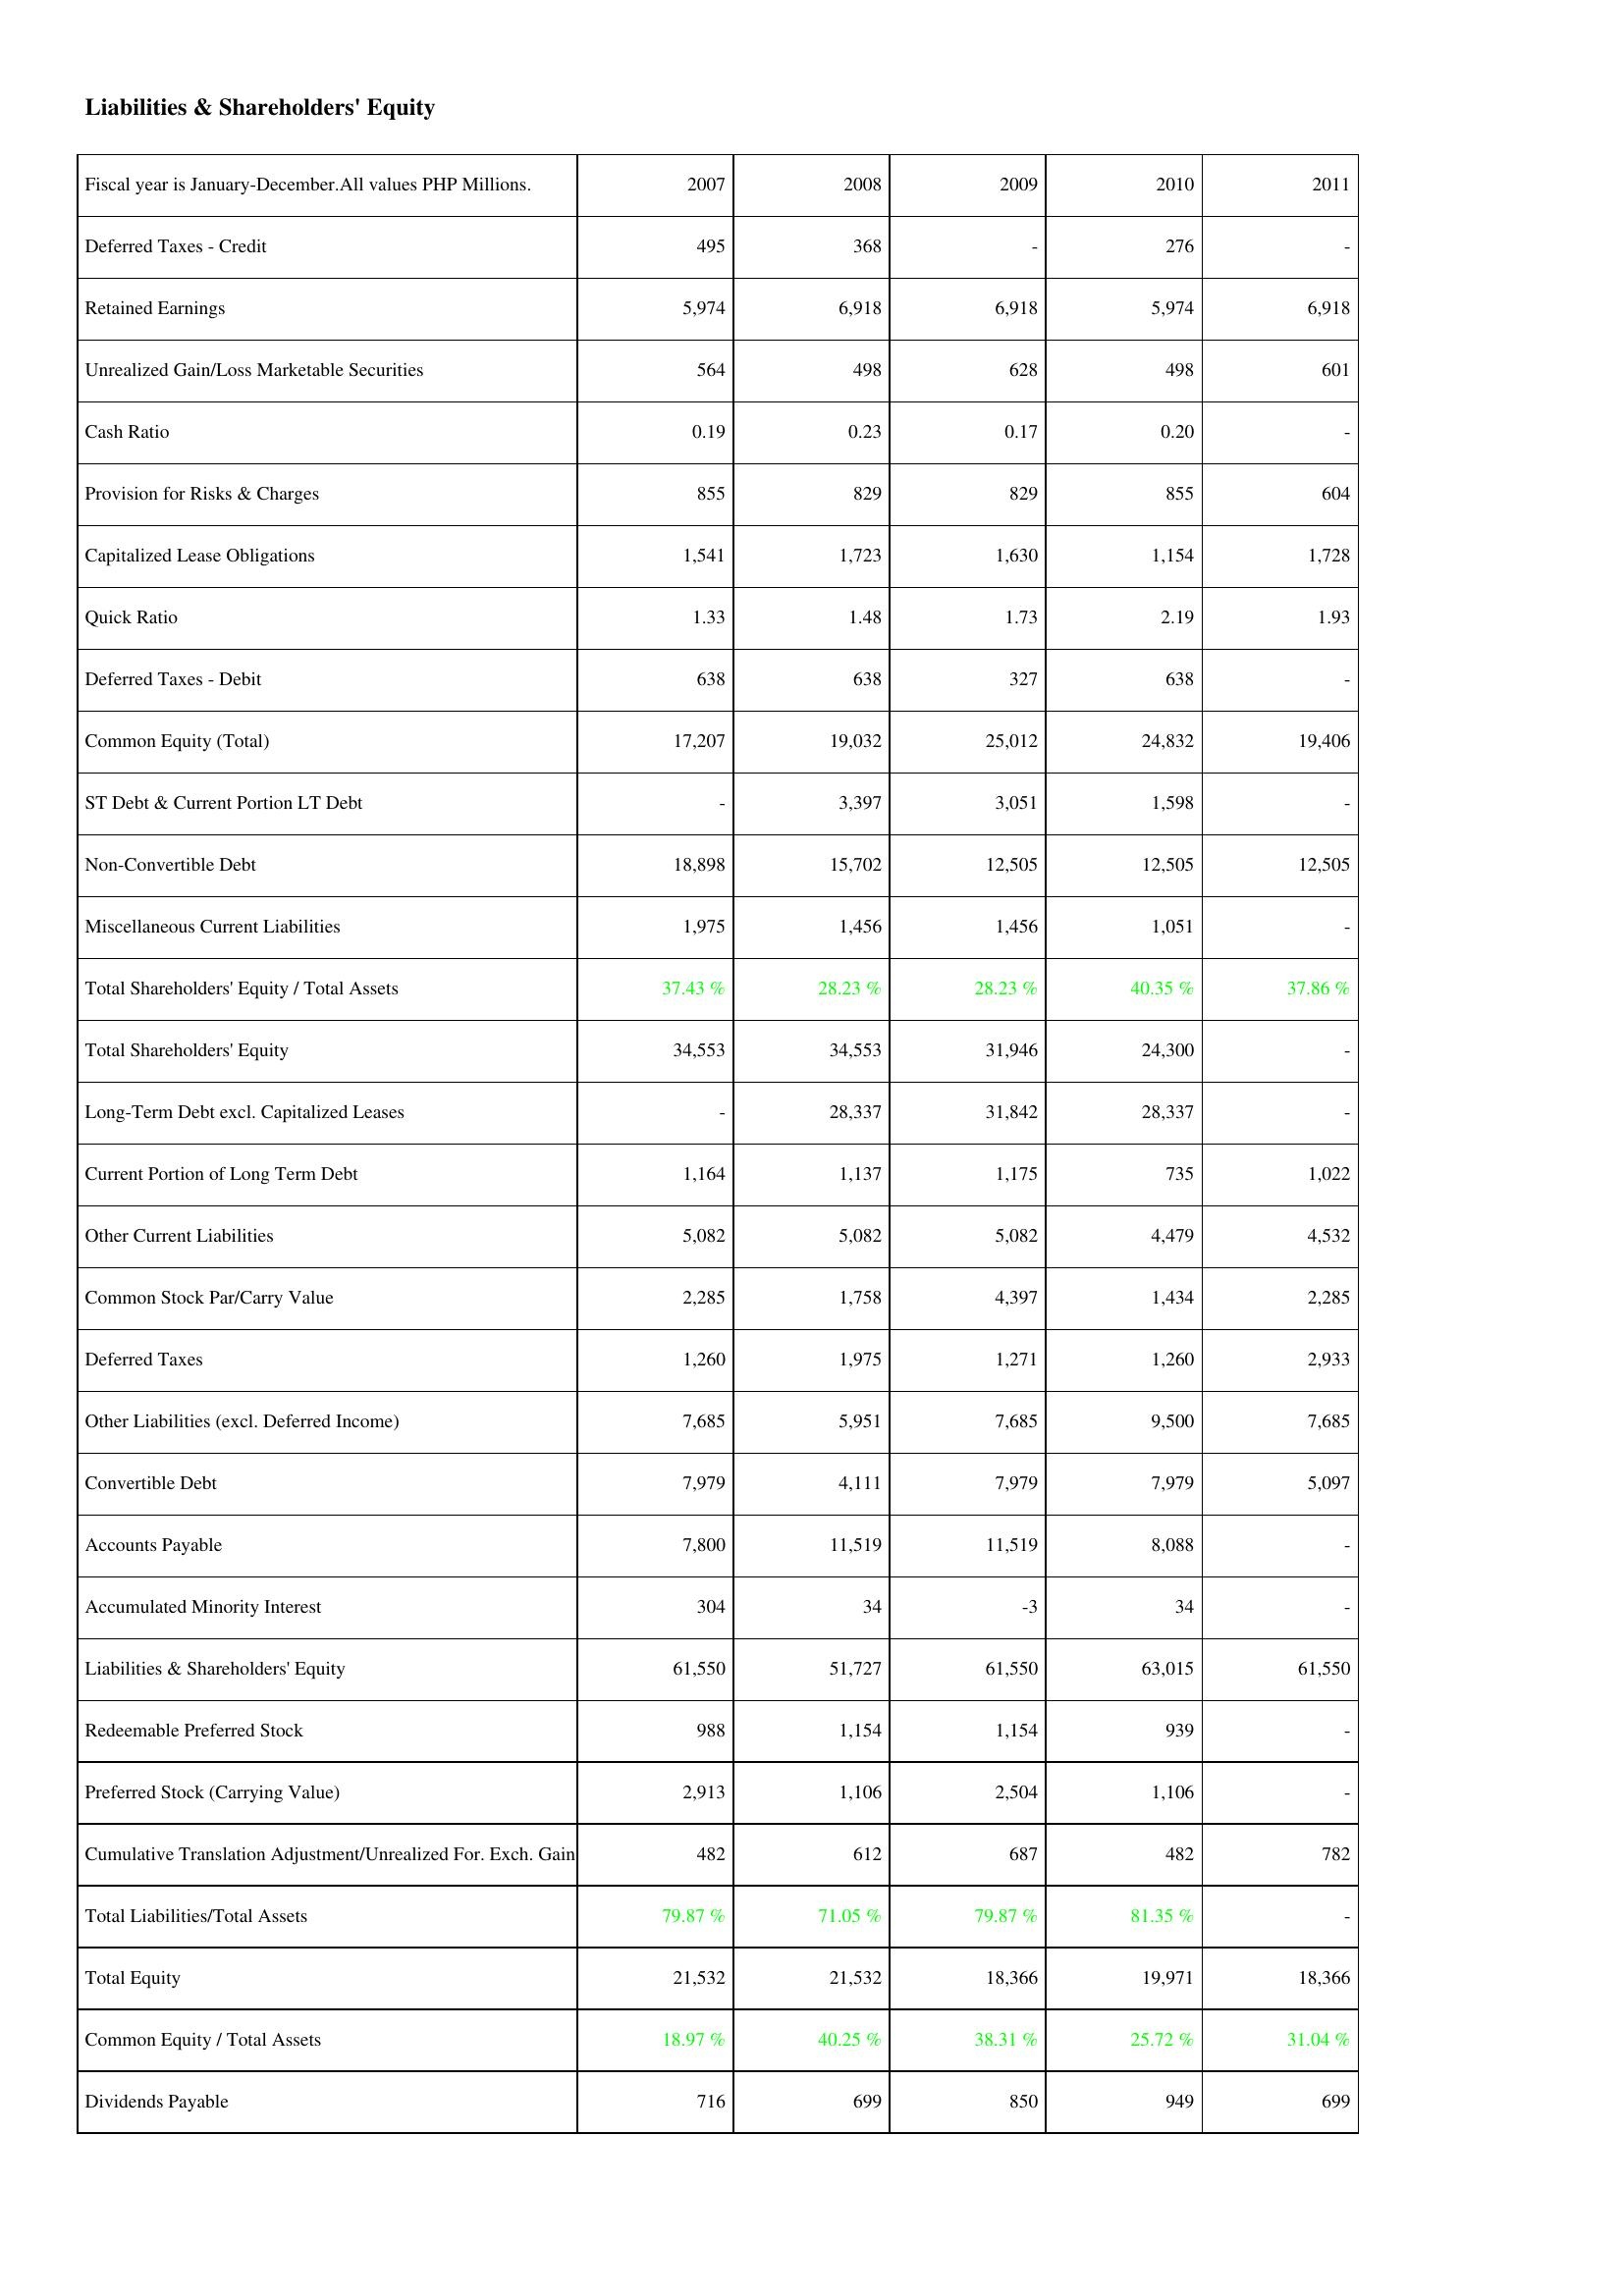
2007: Liabilities & Shareholders' Equity: Deferred Taxes - Credit: 495
Retained Earnings: 5,974
Unrealized Gain/Loss Marketable Securities: 564
Cash Ratio: 0.19
Provision for Risks & Charges: 855
Capitalized Lease Obligations: 1,541
Quick Ratio: 1.33
Deferred Taxes - Debit: 638
Common Equity (Total): 17,207
ST Debt & Current Portion LT Debt: -
Non-Convertible Debt: 18,898
Miscellaneous Current Liabilities: 1,975
Total Shareholders' Equity / Total Assets: 37.43 %
Total Shareholders' Equity: 34,553
Long-Term Debt excl. Capitalized Leases: -
Current Portion of Long Term Debt: 1,164
Other Current Liabilities: 5,082
Common Stock Par/Carry Value: 2,285
Deferred Taxes: 1,260
Other Liabilities (excl. Deferred Income): 7,685
Convertible Debt: 7,979
Accounts Payable: 7,800
Accumulated Minority Interest: 304
Liabilities & Shareholders' Equity: 61,550
Redeemable Preferred Stock: 988
Preferred Stock (Carrying Value): 2,913
Cumulative Translation Adjustment/Unrealized For. Exch. Gain: 482
Total Liabilities/Total Assets: 79.87 %
Total Equity: 21,532
Common Equity / Total Assets: 18.97 %
Dividends Payable: 716
2008: Liabilities & Shareholders' Equity: Deferred Taxes - Credit: 368
Retained Earnings: 6,918
Unrealized Gain/Loss Marketable Securities: 498
Cash Ratio: 0.23
Provision for Risks & Charges: 829
Capitalized Lease Obligations: 1,723
Quick Ratio: 1.48
Deferred Taxes - Debit: 638
Common Equity (Total): 19,032
ST Debt & Current Portion LT Debt: 3,397
Non-Convertible Debt: 15,702
Miscellaneous Current Liabilities: 1,456
Total Shareholders' Equity / Total Assets: 28.23 %
Total Shareholders' Equity: 34,553
Long-Term Debt excl. Capitalized Leases: 28,337
Current Portion of Long Term Debt: 1,137
Other Current Liabilities: 5,082
Common Stock Par/Carry Value: 1,758
Deferred Taxes: 1,975
Other Liabilities (excl. Deferred Income): 5,951
Convertible Debt: 4,111
Accounts Payable: 11,519
Accumulated Minority Interest: 34
Liabilities & Shareholders' Equity: 51,727
Redeemable Preferred Stock: 1,154
Preferred Stock (Carrying Value): 1,106
Cumulative Translation Adjustment/Unrealized For. Exch. Gain: 612
Total Liabilities/Total Assets: 71.05 %
Total Equity: 21,532
Common Equity / Total Assets: 40.25 %
Dividends Payable: 699
2009: Liabilities & Shareholders' Equity: Deferred Taxes - Credit: -
Retained Earnings: 6,918
Unrealized Gain/Loss Marketable Securities: 628
Cash Ratio: 0.17
Provision for Risks & Charges: 829
Capitalized Lease Obligations: 1,630
Quick Ratio: 1.73
Deferred Taxes - Debit: 327
Common Equity (Total): 25,012
ST Debt & Current Portion LT Debt: 3,051
Non-Convertible Debt: 12,505
Miscellaneous Current Liabilities: 1,456
Total Shareholders' Equity / Total Assets: 28.23 %
Total Shareholders' Equity: 31,946
Long-Term Debt excl. Capitalized Leases: 31,842
Current Portion of Long Term Debt: 1,175
Other Current Liabilities: 5,082
Common Stock Par/Carry Value: 4,397
Deferred Taxes: 1,271
Other Liabilities (excl. Deferred Income): 7,685
Convertible Debt: 7,979
Accounts Payable: 11,519
Accumulated Minority Interest: -3
Liabilities & Shareholders' Equity: 61,550
Redeemable Preferred Stock: 1,154
Preferred Stock (Carrying Value): 2,504
Cumulative Translation Adjustment/Unrealized For. Exch. Gain: 687
Total Liabilities/Total Assets: 79.87 %
Total Equity: 18,366
Common Equity / Total Assets: 38.31 %
Dividends Payable: 850
2010: Liabilities & Shareholders' Equity: Deferred Taxes - Credit: 276
Retained Earnings: 5,974
Unrealized Gain/Loss Marketable Securities: 498
Cash Ratio: 0.20
Provision for Risks & Charges: 855
Capitalized Lease Obligations: 1,154
Quick Ratio: 2.19
Deferred Taxes - Debit: 638
Common Equity (Total): 24,832
ST Debt & Current Portion LT Debt: 1,598
Non-Convertible Debt: 12,505
Miscellaneous Current Liabilities: 1,051
Total Shareholders' Equity / Total Assets: 40.35 %
Total Shareholders' Equity: 24,300
Long-Term Debt excl. Capitalized Leases: 28,337
Current Portion of Long Term Debt: 735
Other Current Liabilities: 4,479
Common Stock Par/Carry Value: 1,434
Deferred Taxes: 1,260
Other Liabilities (excl. Deferred Income): 9,500
Convertible Debt: 7,979
Accounts Payable: 8,088
Accumulated Minority Interest: 34
Liabilities & Shareholders' Equity: 63,015
Redeemable Preferred Stock: 939
Preferred Stock (Carrying Value): 1,106
Cumulative Translation Adjustment/Unrealized For. Exch. Gain: 482
Total Liabilities/Total Assets: 81.35 %
Total Equity: 19,971
Common Equity / Total Assets: 25.72 %
Dividends Payable: 949
2011: Liabilities & Shareholders' Equity: Deferred Taxes - Credit: -
Retained Earnings: 6,918
Unrealized Gain/Loss Marketable Securities: 601
Cash Ratio: -
Provision for Risks & Charges: 604
Capitalized Lease Obligations: 1,728
Quick Ratio: 1.93
Deferred Taxes - Debit: -
Common Equity (Total): 19,406
ST Debt & Current Portion LT Debt: -
Non-Convertible Debt: 12,505
Miscellaneous Current Liabilities: -
Total Shareholders' Equity / Total Assets: 37.86 %
Total Shareholders' Equity: -
Long-Term Debt excl. Capitalized Leases: -
Current Portion of Long Term Debt: 1,022
Other Current Liabilities: 4,532
Common Stock Par/Carry Value: 2,285
Deferred Taxes: 2,933
Other Liabilities (excl. Deferred Income): 7,685
Convertible Debt: 5,097
Accounts Payable: -
Accumulated Minority Interest: -
Liabilities & Shareholders' Equity: 61,550
Redeemable Preferred Stock: -
Preferred Stock (Carrying Value): -
Cumulative Translation Adjustment/Unrealized For. Exch. Gain: 782
Total Liabilities/Total Assets: -
Total Equity: 18,366
Common Equity / Total Assets: 31.04 %
Dividends Payable: 699